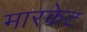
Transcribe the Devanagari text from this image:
मारकेट